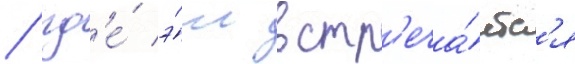
/ гд'е́ э́ш встр'еча́етс'я